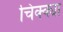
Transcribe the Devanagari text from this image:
चिक्क्या